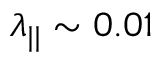
\lambda _ { | | } \sim 0 . 0 1